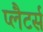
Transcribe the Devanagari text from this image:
प्लैटर्स